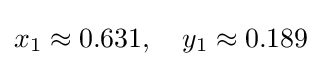
x_{1}\approx 0.631,\quad y_{1}\approx 0.189